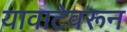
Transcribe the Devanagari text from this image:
यावाटेवरून